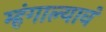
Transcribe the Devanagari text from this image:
म्हंगाल्यावं